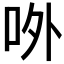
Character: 𠰻